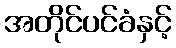
အတိုင်ပင်ခံနှင့်